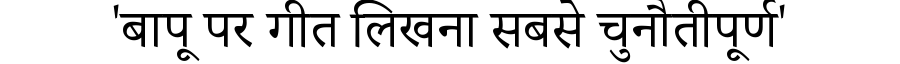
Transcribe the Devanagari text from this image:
'बापू पर गीत लिखना सबसे चुनौतीपूर्ण'